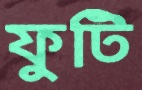
ফুটি